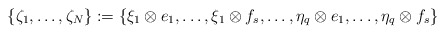
\begin{align*}\{\zeta_1, \ldots, \zeta_N\}:=\{\xi_1\otimes e_1,\ldots, \xi_1\otimes f_s, \ldots, \eta_q\otimes e_1, \ldots,\eta_q\otimes f_s\}\end{align*}